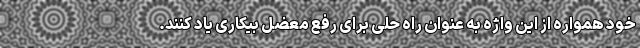
خود همواره از این واژه به عنوان راه حلی برای رفع معضل بیکاری یاد کنند.